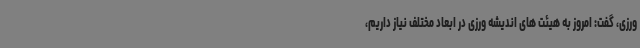
ورزی، گفت: امروز به هیئت های اندیشه ورزی در ابعاد مختلف نیاز داریم،